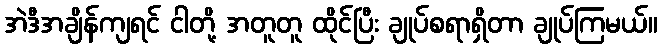
အဲဒီအချိန်ကျရင် ငါတို့ အတူတူ ထိုင်ပြီး ချုပ်စရာရှိတာ ချုပ်ကြမယ်။